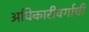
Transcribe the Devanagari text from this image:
अधिकारीवर्गाची